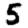
Digit: 5